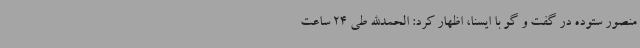
منصور ستوده در گفت و گو با ایسنا، اظهار کرد: الحمدالله طی 24 ساعت